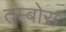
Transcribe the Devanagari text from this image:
तम्बोरा